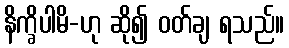
နိက္ခိပါမိ-ဟု ဆို၍ ဝတ်ချ ရသည်။